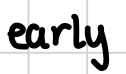
Text: early
Cross-out: clean
Writing tool: digital_black